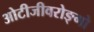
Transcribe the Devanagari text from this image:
ओटीजीवरोङ्गो